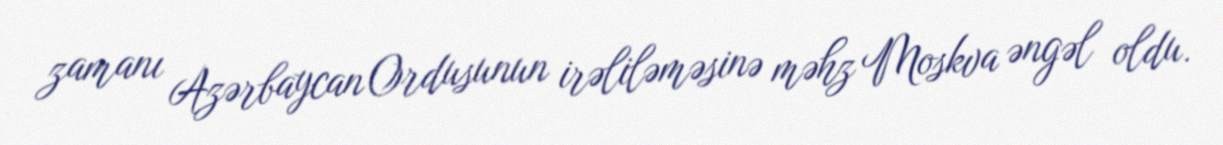
zamanı Azərbaycan Ordusunun irəliləməsinə məhz Moskva əngəl oldu.